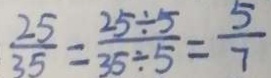
\frac { 2 5 } { 3 5 } = \frac { 2 5 \div 5 } { 3 5 \div 5 } = \frac { 5 } { 7 }